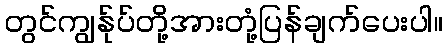
တွင်ကျွန်ုပ်တို့အားတုံ့ပြန်ချက်ပေးပါ။